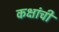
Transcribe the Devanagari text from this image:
कक्षांची